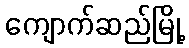
ကျောက်ဆည်မြို့